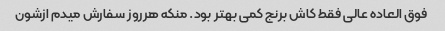
فوق العاده عالی فقط کاش برنج کمی بهتر بود. منکه هرروز سفارش میدم ازشون